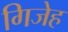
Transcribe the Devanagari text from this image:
गिजेह